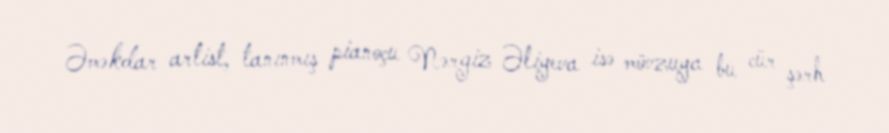
Əməkdar artist, tanınmış pianoçu Nərgiz Əliyeva isə mövzuya bu cür şərh